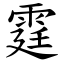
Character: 霆